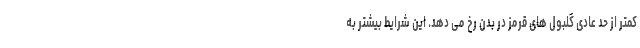
کمتر از حد عادی گلبول های قرمز در بدن رخ می دهد. این شرایط بیشتر به